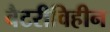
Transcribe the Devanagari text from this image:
बैटरीविहीन